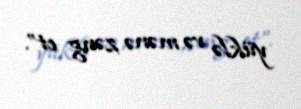
yüklə və mənə zəng et”.